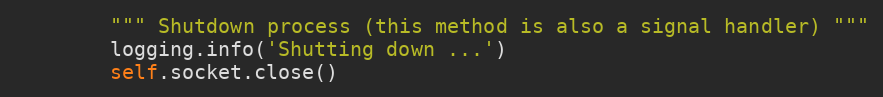
Language: Python
        """ Shutdown process (this method is also a signal handler) """
        logging.info('Shutting down ...')
        self.socket.close()